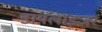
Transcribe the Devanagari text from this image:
डायलाइजर